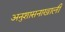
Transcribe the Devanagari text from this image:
अनुशासनाखाली